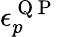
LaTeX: \epsilon_{p}^{\mathrm{~Q~P~}}